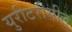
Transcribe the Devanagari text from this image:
युरीटरीसील